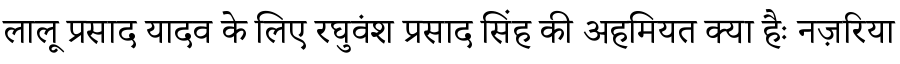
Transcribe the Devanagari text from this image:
लालू प्रसाद यादव के लिए रघुवंश प्रसाद सिंह की अहमियत क्या हैः नज़रिया